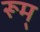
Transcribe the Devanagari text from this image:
रूम्